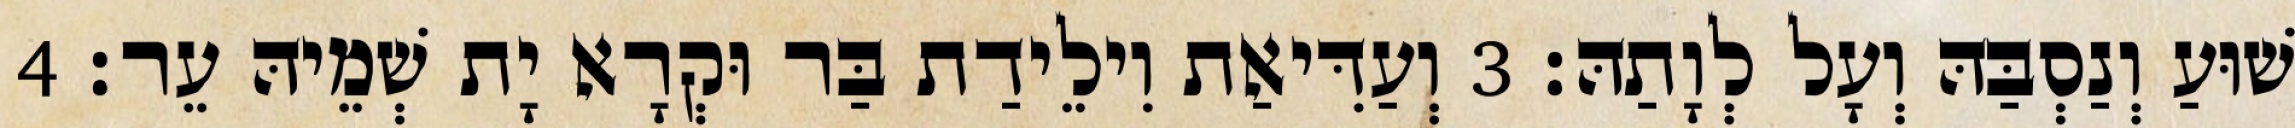
שׁוּעַ וְנַסְבַּהּ וְעָל לְוָתַהּ׃ 3 וְעַדִּיאַת וִילֵידַת בַּר וּקְרָא יָת שְׁמֵיהּ עֵר׃ 4